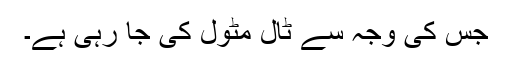
جس کی وجہ سے ٹال مٹول کی جا رہی ہے۔